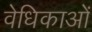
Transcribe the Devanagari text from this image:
वेधिकाओं